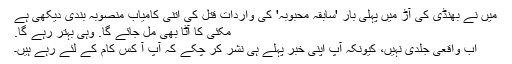
میں نے بھنڈی کی آڑ میں پہلی بار 'سابقہ محبوبہ' کی وارداتِ قتل کی اتنی کامیاب منصوبہ بندی دیکھی ہے
مکئی کا آٹا بھی مل جائے گا. وہی بہتر رہے گا.
اب واقعی جلدی نہیں، کیونکہ آپ اپنی خبر پہلے ہی نشر کر چکے کہ آپ آ کس کام کے لئے رہے ہیں۔